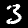
Label: 3